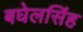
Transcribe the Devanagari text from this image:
बघेलसिंह